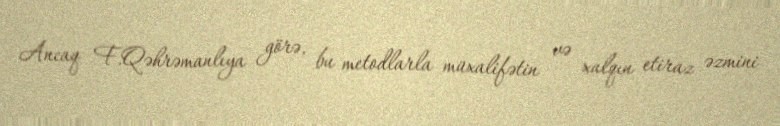
Ancaq F.Qəhrəmanlıya görə, bu metodlarla müxalifətin və xalqın etiraz əzmini